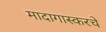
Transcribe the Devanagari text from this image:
मादागास्करचे